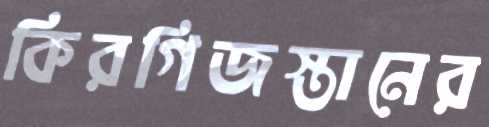
কিরগিজস্তানের